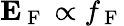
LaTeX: \mathbf{E}_{\mathrm{~F~}}\propto f_{\mathrm{~F~}}